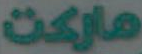
ماركت